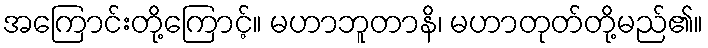
အကြောင်းတို့ကြောင့်။ မဟာဘူတာနိ၊ မဟာတုတ်တို့မည်၏။